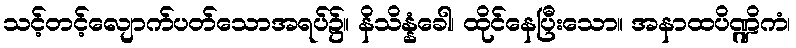
သင့်တင့်လျောက်ပတ်သောအရပ်၌။ နိသိန္နံခေါ၊ ထိုင်နေပြီးသော။ အနာထပိဏ္ဍိကံ၊